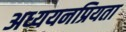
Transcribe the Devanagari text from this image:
अध्ययनप्रियता